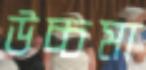
উচ্চমা